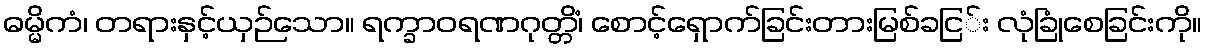
ဓမ္မိကံ၊ တရားနှင့်ယှဉ်သော။ ရက္ခာဝရဏဂုတ္တိံ၊ စောင့်ရှောက်ခြင်းတားမြစ်ခငြ်း လုံခြုံစေခြင်းကို။